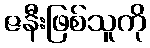
ဇနီးဖြစ်သူကို